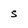
Character: s